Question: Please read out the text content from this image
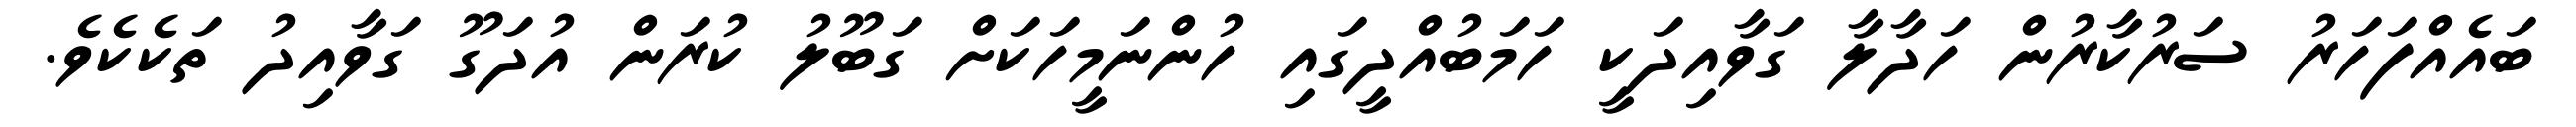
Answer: ބައެއްފަހަރު ސަރުކާރުން ހަދާލާ ގަވާއިދަކީ ހަމަބުއްދީގައި ހުންނަމީހަކަށް ގަބޫލު ކުރަން އުދަގޫ ގަވާއިދު ތަކެކެވެ.